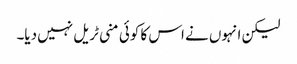
لیکن انہوں نے اس کا کوئی منی ٹریل نہیں دیا۔